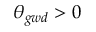
\theta _ { g w d } > 0